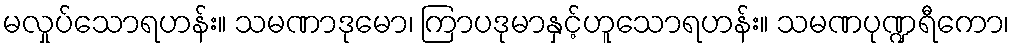
မလှုပ်သောရဟန်း။ သမဏာဒုမော၊ ကြာပဒုမာနှင့်ဟူသောရဟန်း။ သမဏပုဏ္ဍရီကော၊